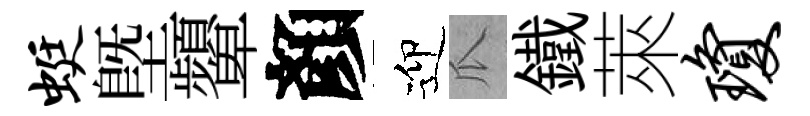
蜓塈顰顏迎瓜鐵萊琼